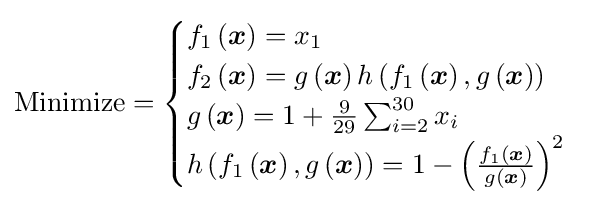
{\text{Minimize}}={\begin{cases}f_{1}\left({\boldsymbol {x}}\right)=x_{1}\\f_{2}\left({\boldsymbol {x}}\right)=g\left({\boldsymbol {x}}\right)h\left(f_{1}\left({\boldsymbol {x}}\right),g\left({\boldsymbol {x}}\right)\right)\\g\left({\boldsymbol {x}}\right)=1+{\frac {9}{29}}\sum _{i=2}^{30}x_{i}\\h\left(f_{1}\left({\boldsymbol {x}}\right),g\left({\boldsymbol {x}}\right)\right)=1-\left({\frac {f_{1}\left({\boldsymbol {x}}\right)}{g\left({\boldsymbol {x}}\right)}}\right)^{2}\\\end{cases}}